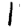
Digit: 1